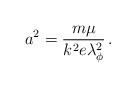
LaTeX: \begin{align*}a^{2}=\frac{m\mu }{k^{2}e\lambda ^{2}_{\phi }}\, .\end{align*}